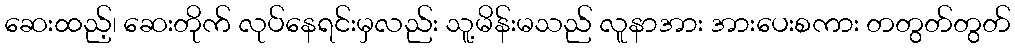
ဆေးထည့်၊ ဆေးတိုက် လုပ်နေရင်းမှလည်း သူ့မိန်းမသည် လူနာအား အားပေးစကား တတွတ်တွတ်